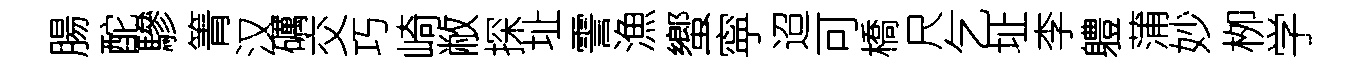
腸酡驂箐汉礪交巧崎敝探址霅漁蠁寜迢可橋尺乞址李軆蒲妙栁学